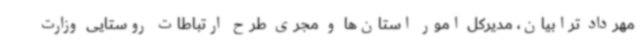
مهرداد ترابیان، مدیرکل امور استان‌ها و مجری طرح ارتباطات روستایی وزارت